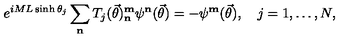
e ^ { i M L \sinh \theta _ { j } } \sum _ { \mathbf { n } } T _ { j } ( \vec { \theta } ) _ { \mathbf { n } } ^ { \mathbf { m } } \psi ^ { \mathbf { n } } ( \vec { \theta } ) = - \psi ^ { \mathbf { m } } ( \vec { \theta } ) , \quad j = 1 , \ldots , N ,